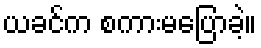
ယခင်က စကားမပြောခဲ့။